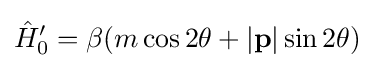
{\hat {H}}'_{0}=\beta (m\cos 2\theta +|\mathbf {p} |\sin 2\theta )